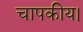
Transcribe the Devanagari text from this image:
चापकीय।